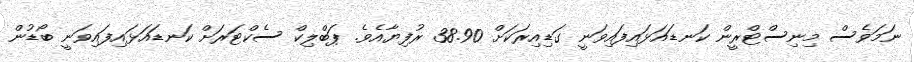
ނަމަވެސް މިނިސްޓްރީން ކަނޑައަޅައިފައިވަނީ ގަޑިއިރަކަށް 38.90 ރުފިޔާއެވެ. ޕަބްލިކް ސެކްޓަރަށް ކަނޑައަޅައިފައިވަނީ ބޯޑުން